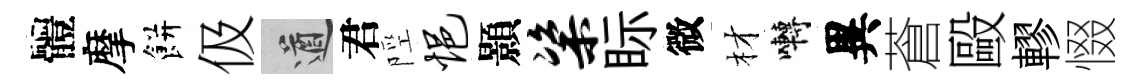
體摩餅伋遒君陘悒顥粢眎微材囀異蒼毆轇惙